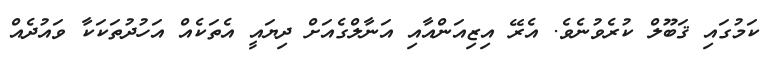
ކަމުގައި ޤަބޫލް ކުރެވުނެވެ. އެރޭ އިޒިއަންއާއި އަނާލްގެއަށް ދިޔައީ އެތަކެއް އަހުދުތަކަކާ ވައުދެއް